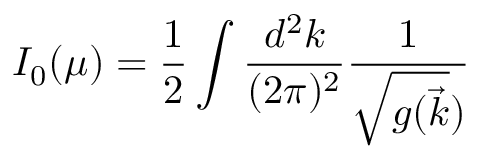
I _ { 0 } ( \mu ) = { \frac { 1 } { 2 } } \int \frac { d ^ { 2 } k } { ( 2 \pi ) ^ { 2 } } \frac { 1 } { \sqrt { g ( \vec { k } } ) }